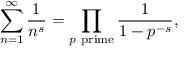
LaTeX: \sum _ { n = 1 } ^ { \infty } { \frac { 1 } { n ^ { s } } } = \prod _ { p { \mathrm { ~ p r i m e } } } { \frac { 1 } { 1 - p ^ { - s } } } ,